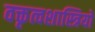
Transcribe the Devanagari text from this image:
वक्तृत्वशास्त्रियों